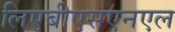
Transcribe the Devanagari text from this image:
लिएबीएसएनएल